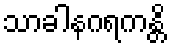
သာခါနဂရကန္တိ